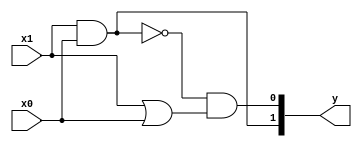
`timescale 1ns / 1ps

module half_adder(
	input wire x1,
	input wire x0,
	output wire [1:0] y
);
	assign y[1] = x1 & x0;
	assign y[0] = (!(x1&x0)) & (x1|x0);

endmodule